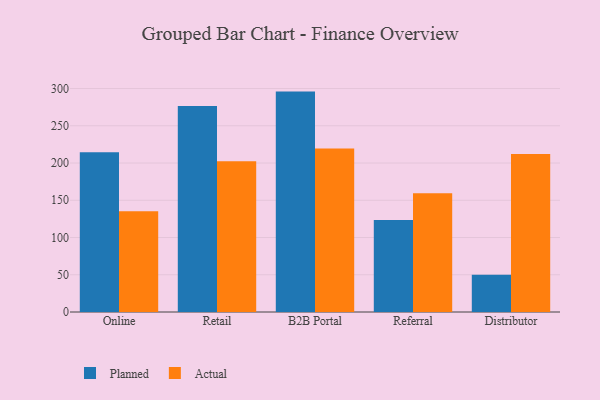
{"axis": {"x": "Channel", "y": "Active Users"}, "legend": ["Actual", "Planned"], "data": [{"x": "Online", "y": 214.5, "type": "Planned"}, {"x": "Online", "y": 135.3, "type": "Actual"}, {"x": "Retail", "y": 276.7, "type": "Planned"}, {"x": "Retail", "y": 202.5, "type": "Actual"}, {"x": "B2B Portal", "y": 295.9, "type": "Planned"}, {"x": "B2B Portal", "y": 219.6, "type": "Actual"}, {"x": "Referral", "y": 123.6, "type": "Planned"}, {"x": "Referral", "y": 159.3, "type": "Actual"}, {"x": "Distributor", "y": 49.9, "type": "Planned"}, {"x": "Distributor", "y": 212.0, "type": "Actual"}]}